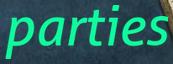
parties